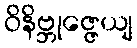
ဝိနိဗ္ဘုဇ္ဇေယျ